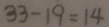
3 3 - 1 9 = 1 4